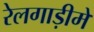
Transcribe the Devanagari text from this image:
रेलगाड़ीमें